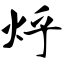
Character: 烀